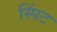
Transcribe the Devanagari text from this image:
स्पिंट